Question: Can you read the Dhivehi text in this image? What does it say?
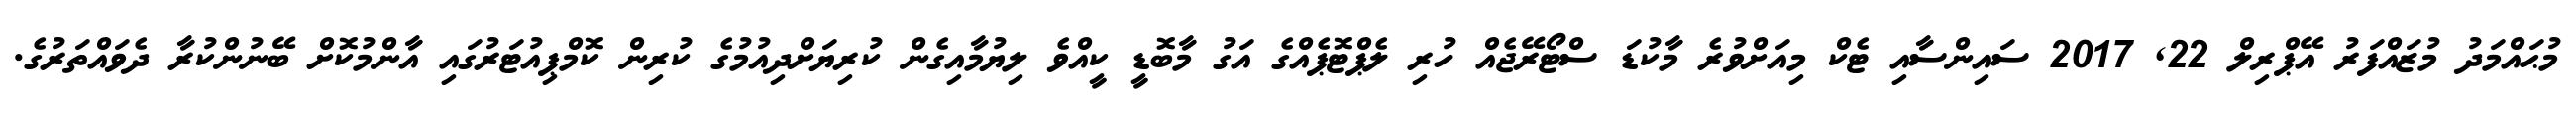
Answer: މުޙައްމަދު މުޒައްފަރު އޭޕްރިލް 22, 2017 ސައިންސާއި ޓެކް މިއަށްވުރެ މާކުޑަ ސްޓޯރޭޖެއް ހުރި ލެޕްޓޮޕެއްގެ އަގު މާބޮޑީ ކީއްވެ ލިޔުމާއިގެން ކުރިޔަށްދިއުމުގެ ކުރިން ކޮމްޕިއުޓަރުގައި އާންމުކޮށް ބޭނުންކުރާ ދެވައްތަރުގެ.